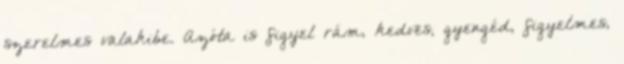
szerelmes valakibe. Azóta is figyel rám, kedves, gyengéd, figyelmes,